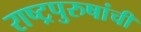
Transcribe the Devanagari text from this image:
राष्ट्रपुरुषांची